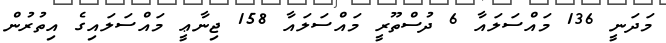
މަދަނީ 136 މައްސަލައާ 6 ދުސްތޫރީ މައްސަލައާ 158 ޖިނާޢީ މައްސަލައިގެ އިތުރުން